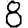
Digit: 8